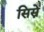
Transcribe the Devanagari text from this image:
सिस्ने